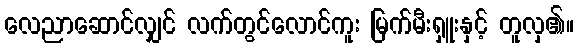
လေညာဆောင်လျှင် လက်တွင်လောင်ကူး မြက်မီးရှူးနှင့် တူလှ၏။